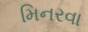
મિનરવા